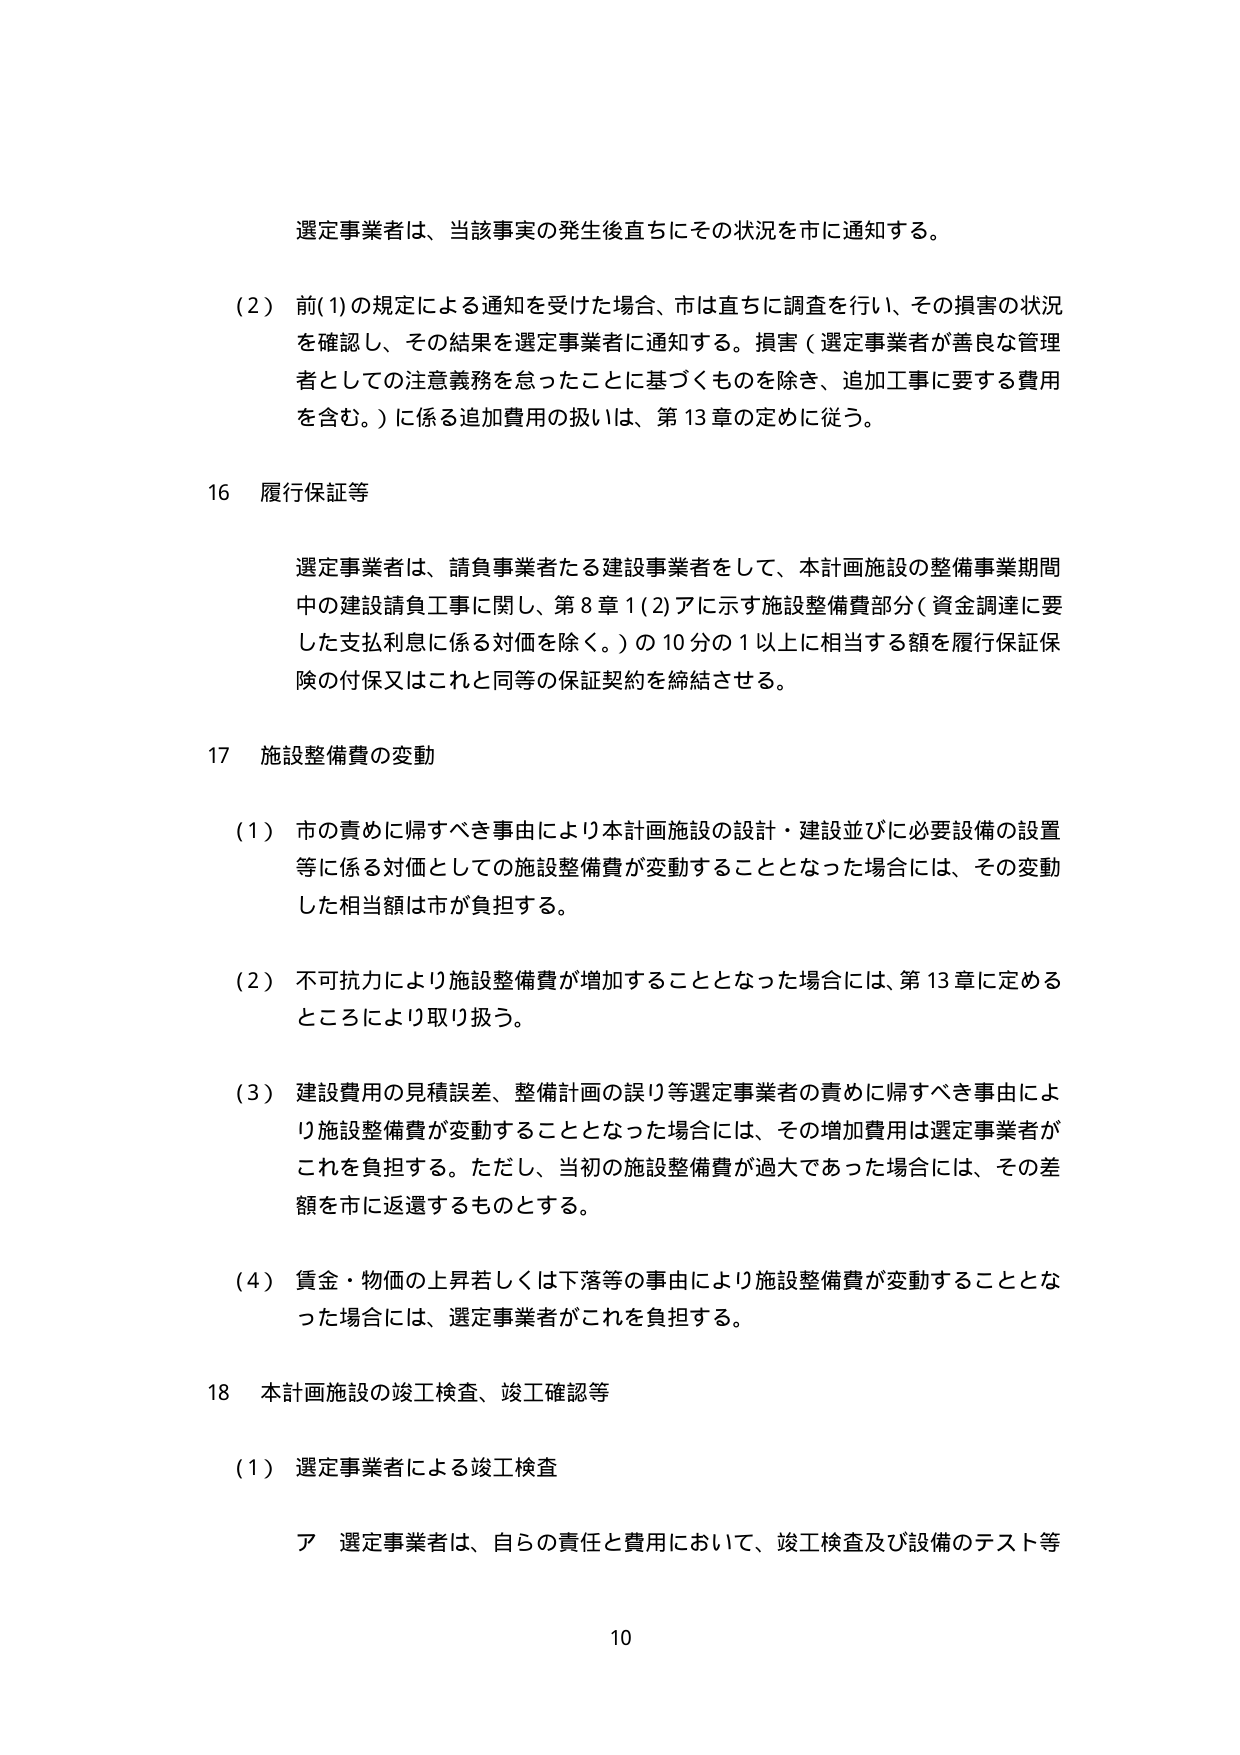
選定事業者は、当該事実の発生後直ちにその状況を市に通知する。

（2）前(1)の規定による通知を受けた場合、市は直ちに調査を行い、その損害の状況を確認し、その結果を選定事業者に通知する。損害（選定事業者が善良な管理者としての注意義務を怠ったことに基づくものを除き、追加工事に要する費用を含む。）に係る追加費用の扱いは、第13章の定めに従う。

16 履行保証等

選定事業者は、請負事業者たる建設事業者をして、本計画施設の整備事業期間中の建設請負工事に関し、第8章1(2)アに示す施設整備費部分（資金調達に要した支払利息に係る対価を除く。）の10分の1以上に相当する額を履行保証保険の付保又はこれと同等の保証契約を締結させる。

17 施設整備費の変動

（1）市の責めに帰すべき事由により本計画施設の設計・建設並びに必要設備の設置等に係る対価としての施設整備費が変動することとなった場合には、その変動した相当額は市が負担する。

（2）不可抗力により施設整備費が増加することとなった場合には、第13章に定めるところにより取り扱う。

（3）建設費用の見積誤差、整備計画の誤り等選定事業者の責めに帰すべき事由により施設整備費が変動することとなった場合には、その増加費用は選定事業者がこれを負担する。ただし、当初の施設整備費が過大であった場合には、その差額を市に返還するものとする。

（4）賃金・物価の上昇若しくは下落等の事由により施設整備費が変動することとなった場合には、選定事業者がこれを負担する。

18 本計画施設の竣工検査、竣工確認等

（1）選定事業者による竣工検査

ア 選定事業者は、自らの責任と費用において、竣工検査及び設備のテスト等

10